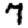
Digit: 7